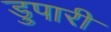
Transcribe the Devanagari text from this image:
डुपारी